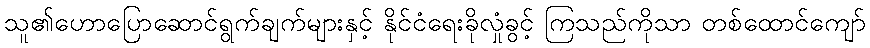
သူ၏ဟောပြောဆောင်ရွက်ချက်များနှင့် နိုင်ငံရေးခိုလှုံခွင့် ကြသည်ကိုသာ တစ်ထောင်ကျော်